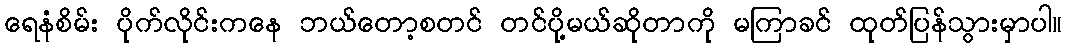
ရေနံစိမ်း ပိုက်လိုင်းကနေ ဘယ်တော့စတင် တင်ပို့မယ်ဆိုတာကို မကြာခင် ထုတ်ပြန်သွားမှာပါ။